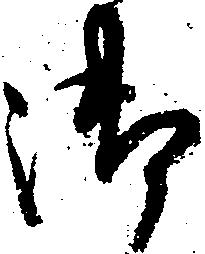
御